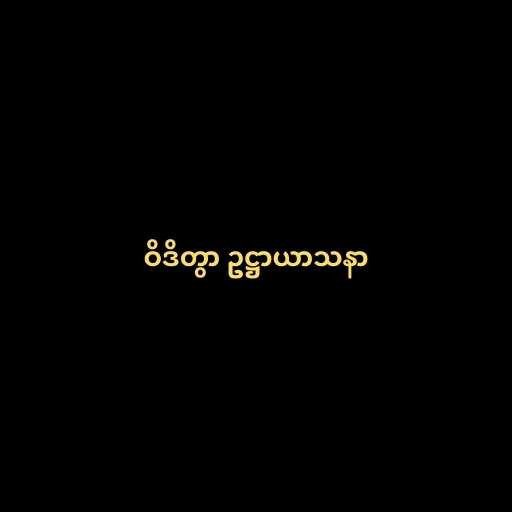
ဝိဒိတွာ ဥဋ္ဌာယာသနာ